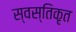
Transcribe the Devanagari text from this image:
स्वस्तिकृत